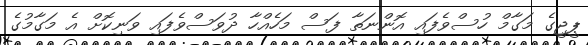
ޕީޖީގެ މަގާމް ހުސްވެފައި އޮންނަތާ ފަސް މަހެއްހާ ދުވަސްވެފައި ވަނިކޮށް އެ މަގާމުގެ